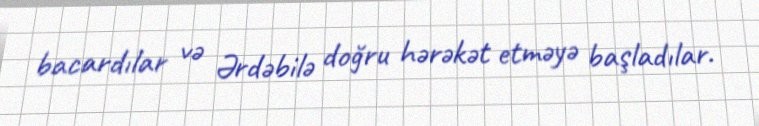
bacardılar və Ərdəbilə doğru hərəkət etməyə başladılar.